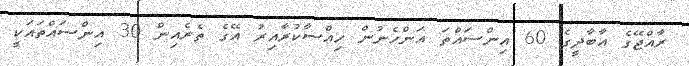
ރާއްޖޭގެ އާބާދީގެ 60 އިންސައްތަ އަންހެނުން ހިއްސާކުރާއިރު އޭގެ ތެރެއިން 30 އިންސައްތައަކީ